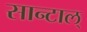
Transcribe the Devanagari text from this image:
सान्टाल्